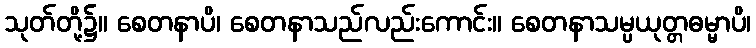
သုတ်တို့၌။ စေတနာပိ၊ စေတနာသည်လည်းကောင်း။ စေတနာသမ္ပယုတ္တဓမ္မာပိ၊